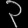
Digit: ၃